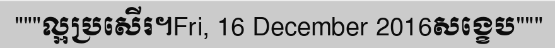
"""ល្អប្រសើរ។Fri, 16 December 2016សង្ខេប"""